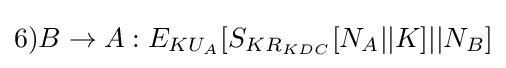
6)B\rightarrow A:E_{KU_{A}}[S_{KR_{KDC}}[N_{A}||K]||N_{B}]